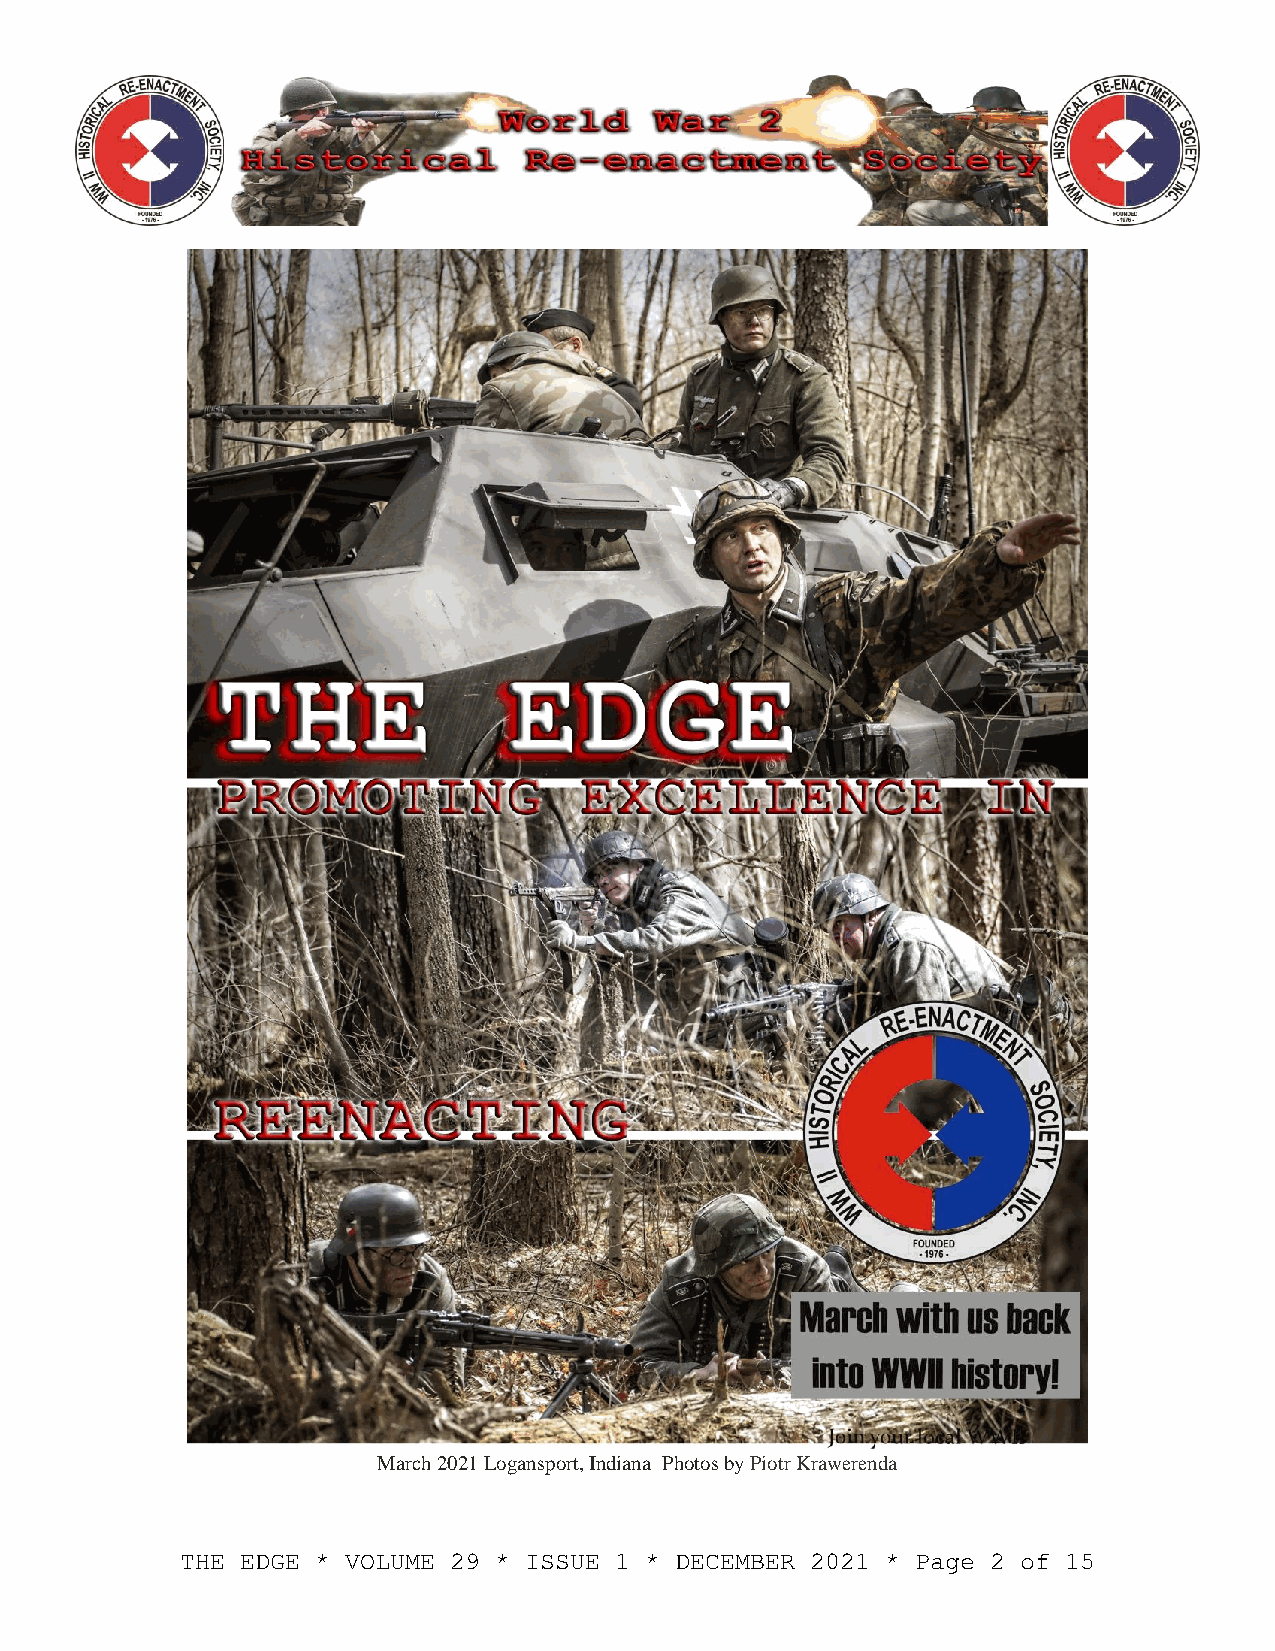
March 2021 Logansport, Indiana Photos by Piotr Krawerenda
 THE EDGE * VOLUME 29 * ISSUE 1 * DECEMBER 2021 * Page 2 of 15